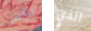
ياإلهي الذي